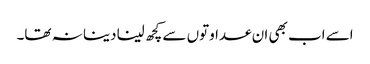
اسے اب بھی ان عداوتوں سے کچھ لینا دینا نہ تھا۔